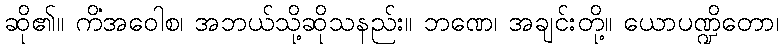
ဆို၏။ ကိံအဝေါစ၊ အဘယ်သို့ဆိုသနည်း။ ဘဏေ၊ အချင်းတို့။ ယောပဏ္ဍိတော၊